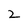
Character: 2